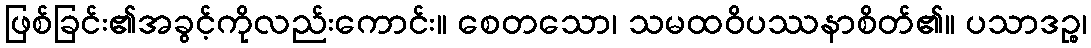
ဖြစ်ခြင်း၏အခွင့်ကိုလည်းကောင်း။ စေတသော၊ သမထဝိပဿနာစိတ်၏။ ပသာဒဉ္စ၊